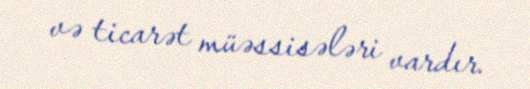
və ticarət müəssisələri vardır.